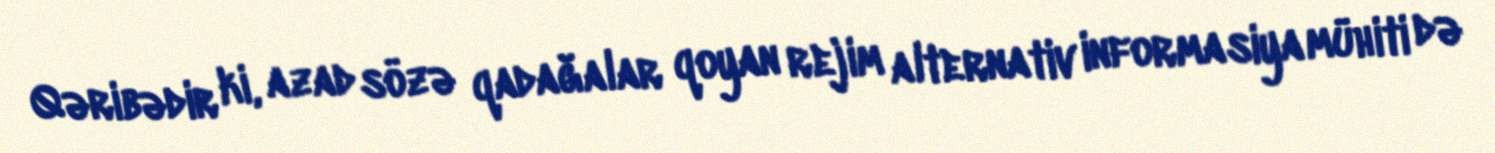
Qəribədir ki, azad sözə qadağalar qoyan rejim alternativ informasiya mühiti də